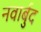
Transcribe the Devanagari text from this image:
नवार्बुद